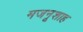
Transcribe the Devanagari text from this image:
मजनूशाह